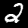
Label: 2